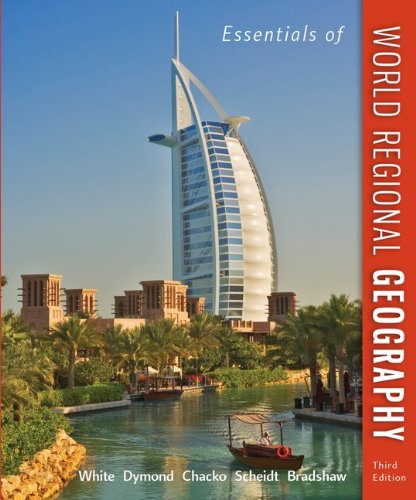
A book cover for Essentials of World Regional Geography, 3rd Edition; George White; Science & Math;